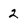
Character: 2